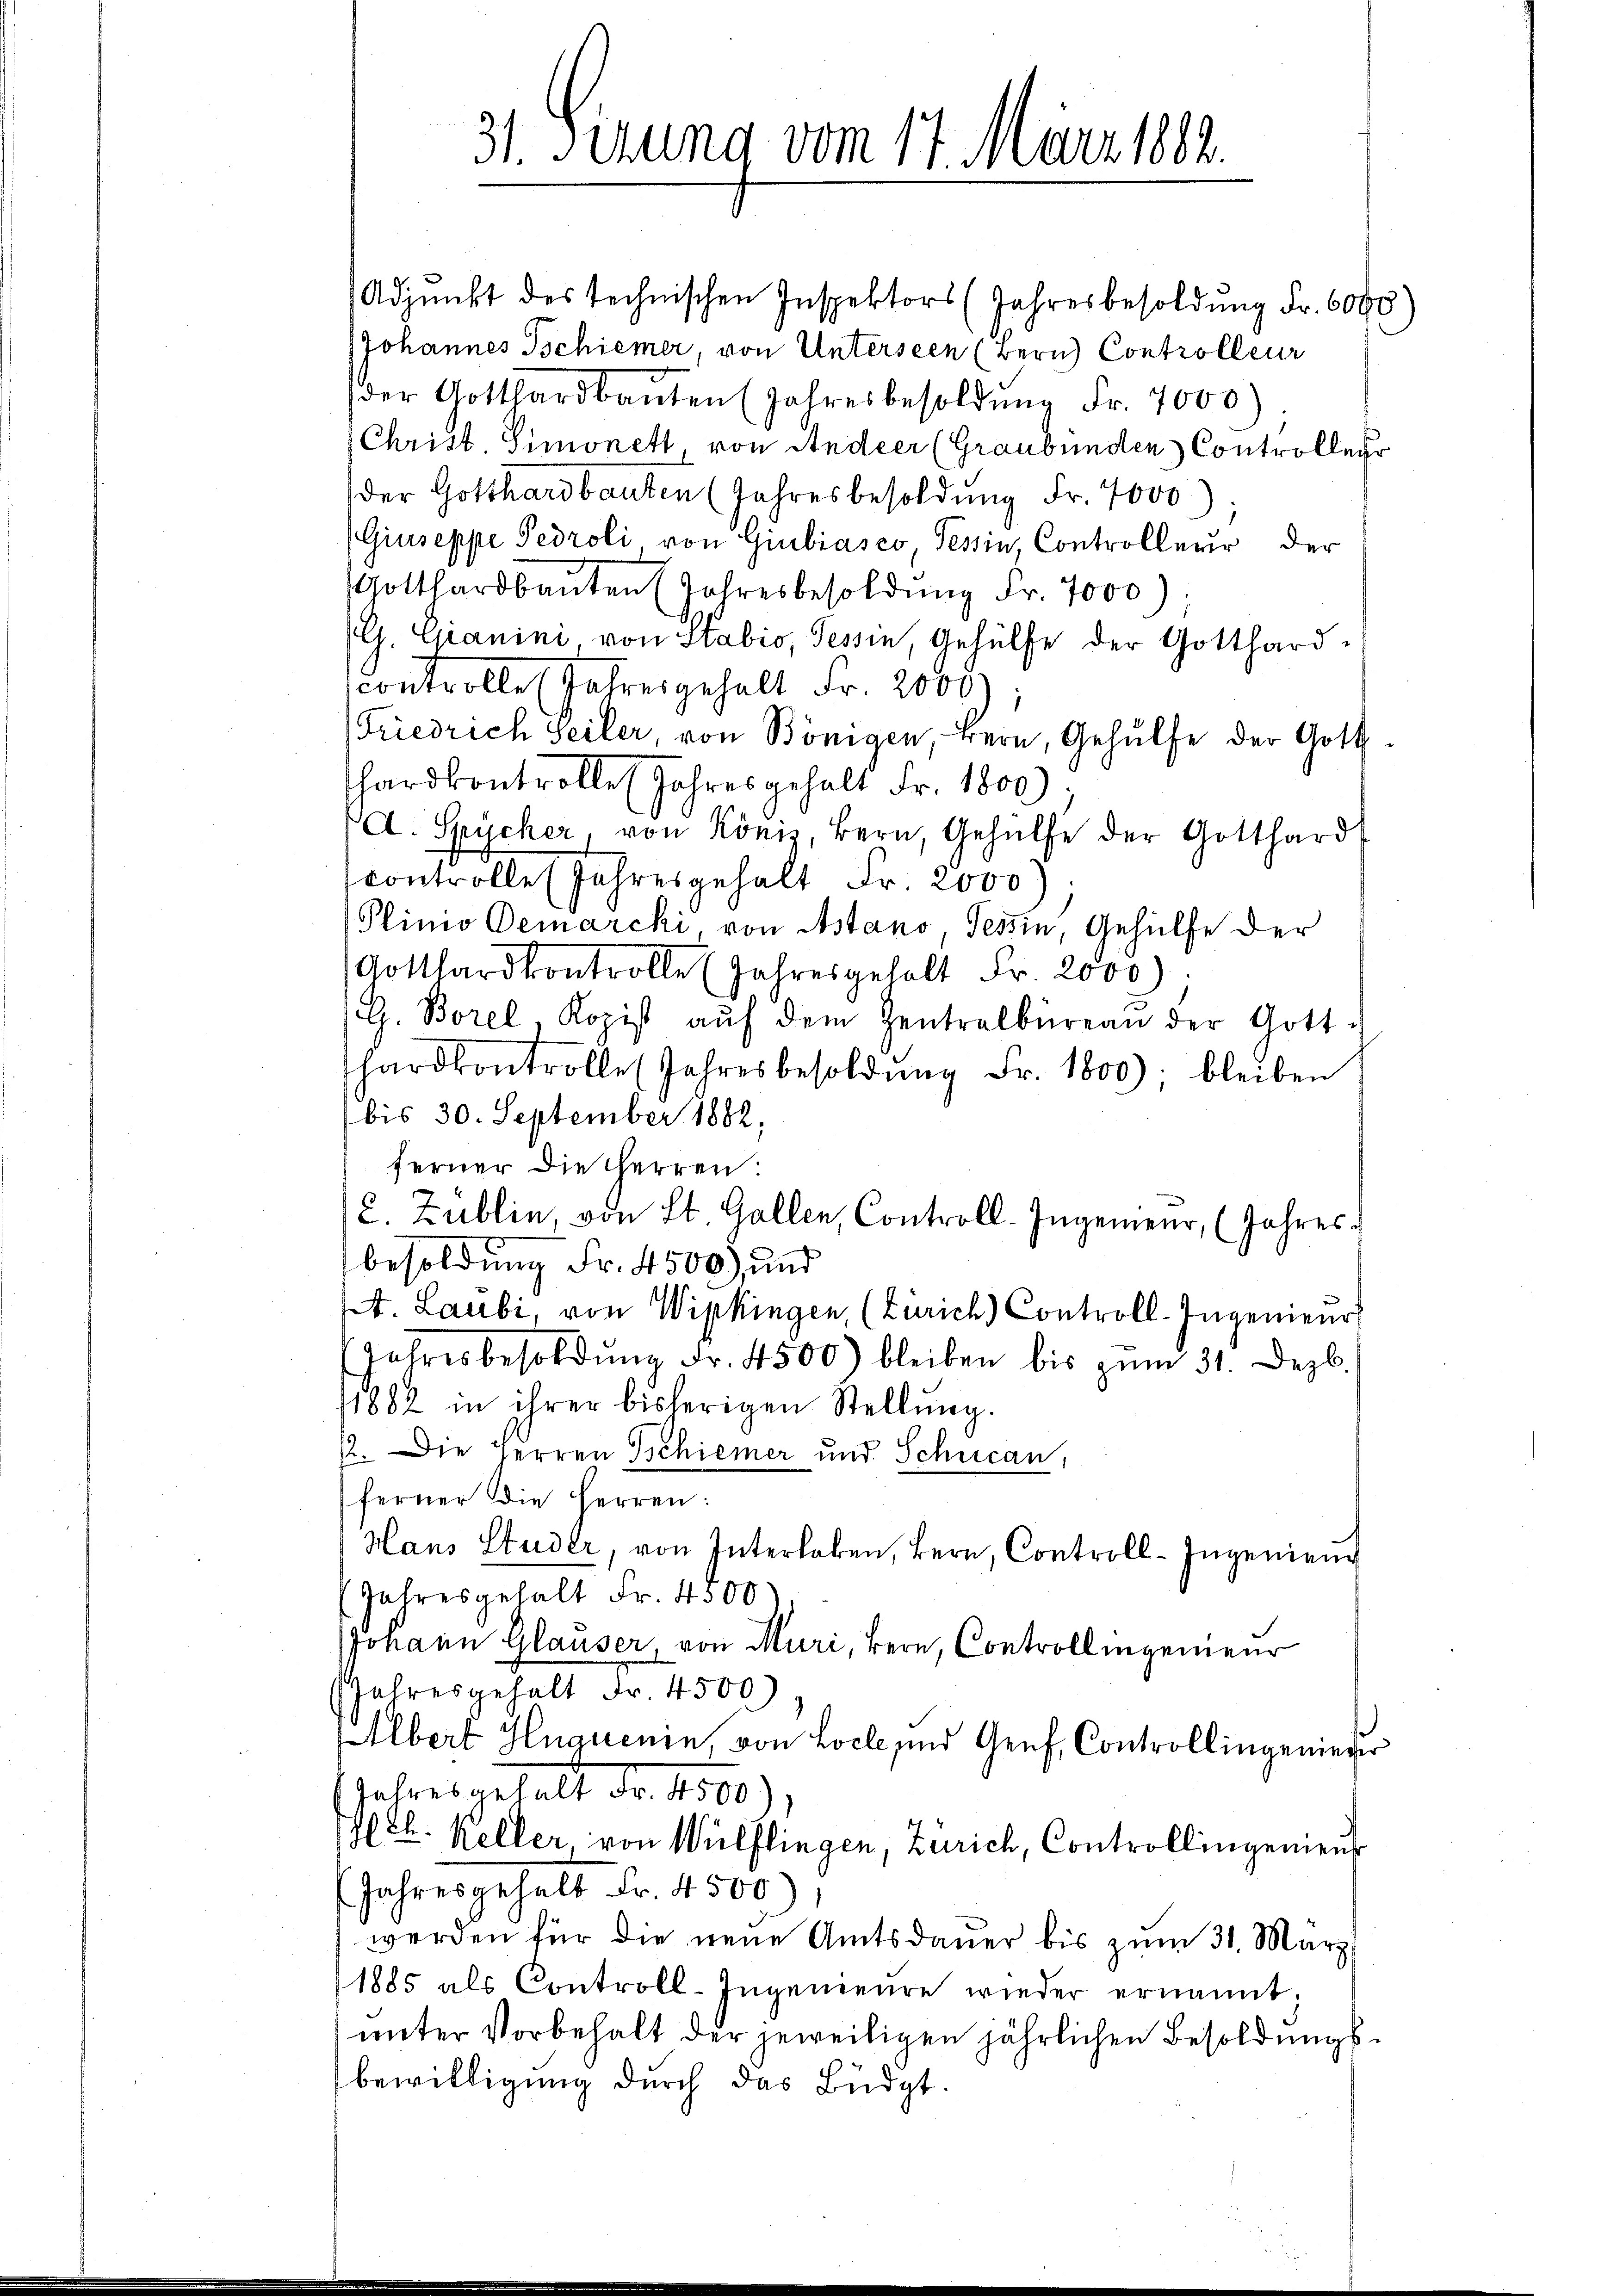
31. Sezung vom 11. März 1883.

Adjunkt des technischen Inspektors (Jahresbesoldung Fr. 6000
Johannes Tschiener, von Unterseen (Bern Controlleur
der Gotthardbauten (Jahresbesoldung Fr. 7000)
(Christ. Simonett von Andeer (Graubünden Controlleg
der Gotthardbauten (Jahresbesoldung Fr. 7000)
Giuseppe Pedroli von Giubiasco, Tessin, Controlleur der
Gotthardbaŭten Jahresbesoldung Fr. 7000)
G. Cranini von Stabio, Tessin, Gehülfe der Gotthard-
controlle Jahresgehalt Fr. 2000);
Friedrich Seiler, von Bönigen, Bern, Gehülfe der Gott.
Thardkontrolle Jahres gehalt Fr. 1800).
A. Spycher von König, Bern, Gehülfe der Gotthardt
controlle (Jahresgehalt Fr. 2000
Plinio Demarcki, von Astano, Tessin, Gehülfe der
Gotthardkontrolle (Jahresgehalt Fr. 2000);
G. Borel, Kopist aŭf dem Zentralbüreau der Gott-
hardkontrolle (Jahresbesoldŭng Fr. 1800): bleiben
bis 30. September 1882,
ferner die Herren:
C. Zublin, von St. Gallen, Controll-Ingenieur, (Jahres
besoldung Fr. 4500), und
t. Laubi, von Wipkingen (Zürich) Controll-Ingenieur
Jahresbesoldŭng Fr. 4500) bleiben bis zŭm 31. Dezb.
11882 in ihrer bisherigen Stellŭng.
12. Die Herren Tschiener und Schucan,
ferner die Herren:
Hans Studer, von Interloben, Bern, Controll-Ingenieur
Jahresgehalt Fr. 4500
Johann Glauser, von Muri, Bern, Controllingenieur
Jahresgehalt Fr. 4500)
Elbert Huguenin, von Locke und Genf, Controllingenieder
Jahresgehalt Fr. 4500.
C. Keller, von Wülflingen, Zürich, Controllingenien
Jahresgehalt Fr. 4500)
werden für die neue Amtsdauer bis zum 31. März
1885 als Controll-Ingenieure wieder ernannt;
ŭnter Vorbehalt der jeweiligen jährlichen Besoldŭngs-
bewilligung durch das Büdgt.